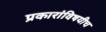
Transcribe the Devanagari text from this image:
प्रकारांविषयीच